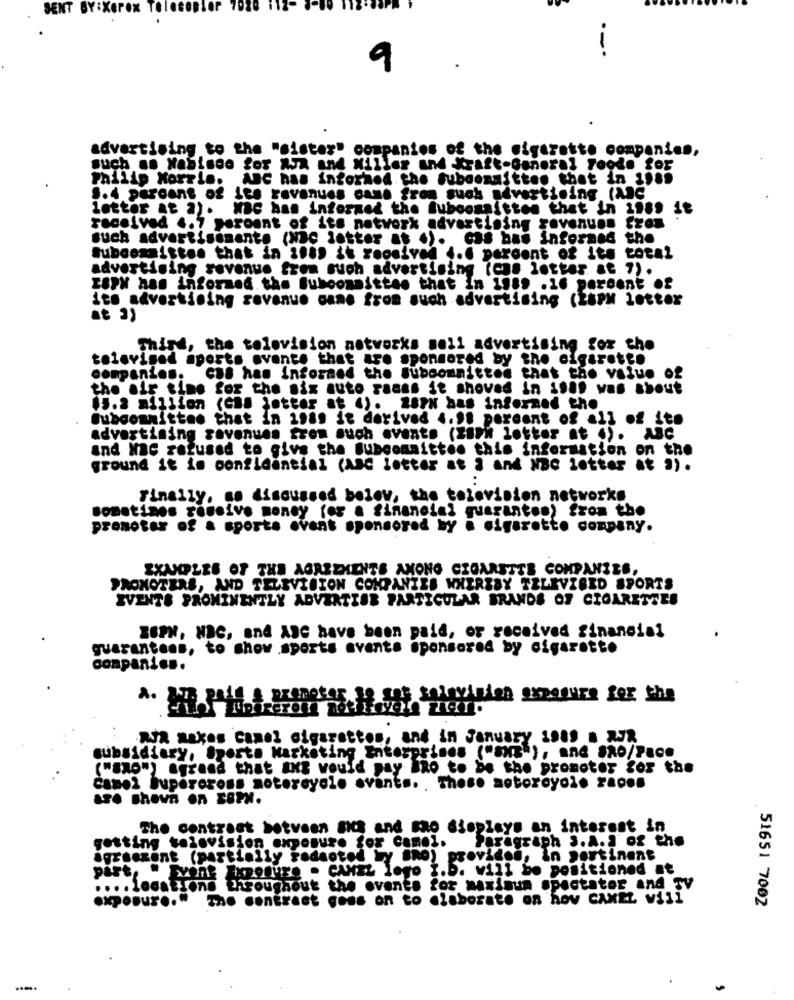
SENT BY:Xerox Telacep
LOP
.-
9
advertising to the "sister" companies of the cigarette companies,
such an Nabisco for AJa and Miller and Kraft-General Foode for
Philip Morris. ABC has informed the Subcommittee that in 1 ,..
S.4 percent of ice revenues came from such advertising (Me
letter at a). MBc has informed the muboomsitten that in inos it
received 4.7 peroant of its network advertising zevenunn from
much advertisemente (Nac letter at .). cas bas informed the
Subcommittee that in 1989 $h rogaived 4.6 percent of its total
advertising revenue from much advertising (ans lotter &t ?).
ESPN has informed the Subcommittee that in 1989 .16 percent of
Sto advertising revenue came from such advertising (Zapy letter
Thish, the television networks soll advertising for the
televigod aports avente that are sponsored by the cigarette
companies. com has informed the Subcommittee that the value of
the air time for the six auto raaas it shoved in $.al was about
$3.2 million (CBS jotter at 4). Z87N has informed the
Subcommittee that in inas it derived 4.91 percent of all of its
advertising revenues from such events (ZaPh lotter at .). ABC
and Nac rozused to give the subcommittee this information on the
ground it is confidential (ABC letter at ] and Nac lotter at ").
Finally, ao discussed below, the television networks
sometimes receive money for a financial guarantee) from the
pronoter of a sports event sponsored by a cigarette company.
EXAMPLES OF THE AGREEMENTS AMONO CIGARETTE COMPANIES,
PROMOTERS, AND TELEVISION COMPANIES WHEREBY TELEVISED SPORTS
EVENTS PROMINENTLY ADVERTIOB PARTICULAR BRANDS OF CIGARETTES
ESPN, NBC, and ADC have been paid, or received financial
quaranteas, to show sports events sponsored by cigarette
companies.
2. 377 pate & promotor to gos television exposure for the
Ara makes Camel cigarettes, and in January 1989 . WJR
subsidiary, Sporta Marketing Enterprises (""), and So/Pace
("SO") agreed that ang would pay BRo to be the promoter for the
camo2 bupéroross motorcycle avants. These aotoroyol. zapo.
are shown on Estw.
The contract between ses and so displays an interest in
getting tolovision exposure for Camel.
Paragraph S.A. J of the
agreement (partially rodaoted wy "no) provided, in portinent
part ,.
" print Expodur. . CANEL logo i.b. will be positioned at
.... locations throughout the events for maximum spectator and TV
expoBur .. "
The contrast goes on to elaborate on hov CAMEL will
51651 7002
.....